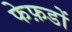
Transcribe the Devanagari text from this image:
फेफ़डों